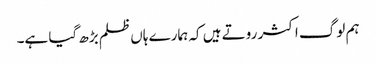
ہم لوگ اکثر روتے ہیں کہ ہمارے ہاں ظلم بڑھ گیا ہے۔